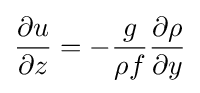
{\begin{aligned}{\frac {\partial u}{\partial z}}=-{\frac {g}{\rho f}}{\frac {\partial \rho }{\partial y}}\end{aligned}}